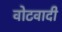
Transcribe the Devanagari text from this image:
वोटवादी